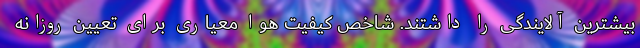
بیشترین آلایندگی را داشتند. شاخص کیفیت هوا معیاری برای تعیین روزانه